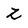
Character: Z